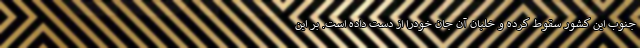
جنوب این کشور سقوط کرده و خلبان آن جان خودرا از دست داده است. بر این